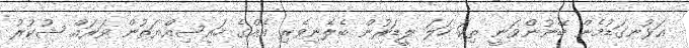
އަޅުނގަޑުމެން ބޭނުންވަނީ ތިކަ ހަލަ ލީޑަރުން ބެލެނިވެރި އެއްގެ ހައިސިއްޔަތުން ވަރައް ޝުކުރު